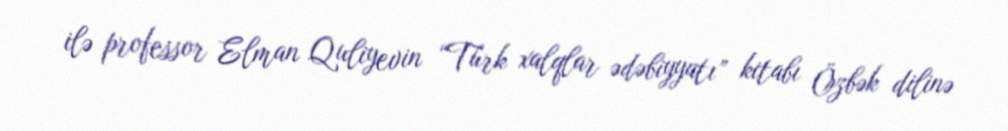
ilə professor Elman Quliyevin “Türk xalqlar ədəbiyyatı” kitabı Özbək dilinə